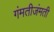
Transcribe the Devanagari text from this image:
गंमतीजंमती